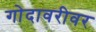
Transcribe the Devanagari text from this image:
गोदावरीवर